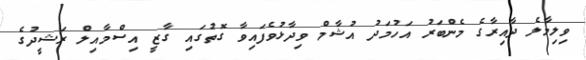
ވިލިމާލެ ދާއިރާގެ މެންބަރު އަހުމަދު އުޝާމް ވިދާޅުވެފައިވާ ގޮތުގައި ގާޒީ އިސްމާއިލް ރަޝީދުގެ